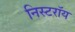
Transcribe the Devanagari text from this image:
निस्टरॉय